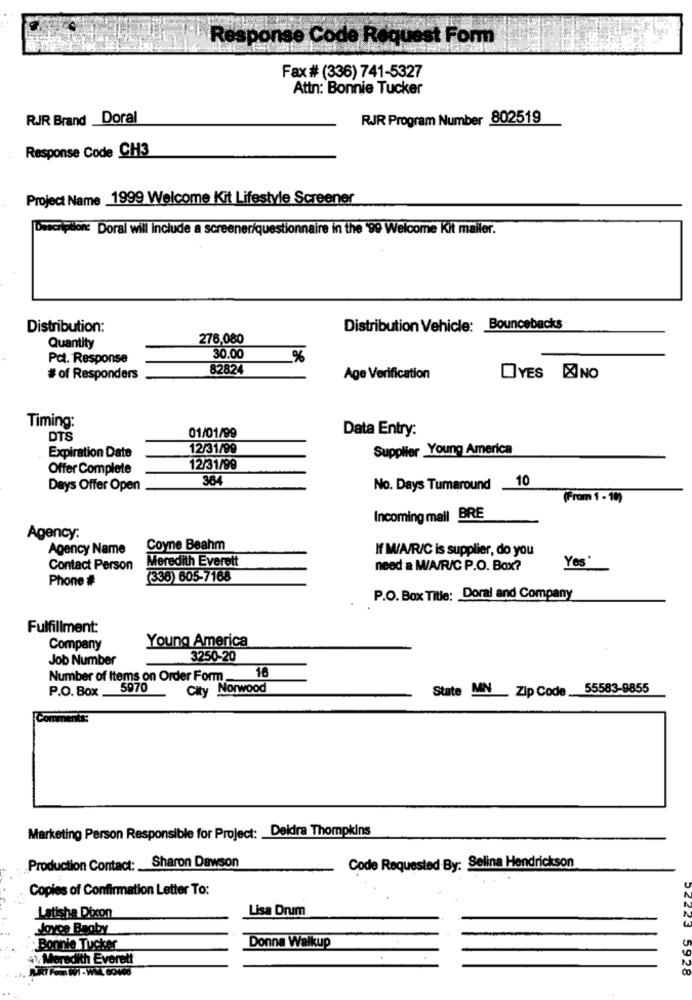
Response Code Request Form
Fax # (336) 741-5327
Attn: Bonnie Tucker
RJJR Brand _Doral
RJR Program Number 802519
Response Code CH3
Project Name 1999 Welcome Kit Lifestyle Screener
Description: Doral will include a screener/questionnaire in the '99 Welcome Kit mailer.
Distribution:
Distribution Vehicle: Bouncebacks
Quantity
276,080
Pct. Response
30.00
%
82824
# of Responders
Age Verification
OYES XINO
Timing:
01/01/99
Data Entry:
DTS
12/31/99
Supplier Young America
Expiration Date
Offer Complete
12/31/99
364
10
Days Offer Open
No. Days Tumaround
(From 1 - 18)
Incoming mail BRE
Agency:
Agency Name
Coyne Beahm
If WA/R/C is supplier, do you
Meredith Everett
Yes'
Contact Person
need a W/A/R/C P.O. Box?
Phone #
(336) 605-7168
P.O. Box Title: Doral and Company
Fulfillment:
Young America
Company
Job Number
3250-20
16
Number of Items on Order Form_
P.O. Box __
5970
City Norwood
State MN Zip Code 55583-8855
Marketing Person Responsible for Project: Deidra Thompkins
Production Contact: Sharon Dawson
Code Requested By: Selina Hendrickson
Copies of Confirmation Letter To:
Lisa Drum
Latisha Docon
slovce Baaby
Bommie Tucker
Donna Walkup
.Meredith Everett
5928